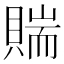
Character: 𧶲